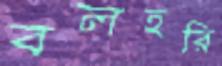
বলহরি